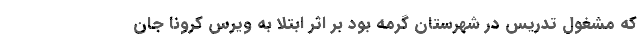
که مشغول تدریس در شهرستان گرمه بود بر اثر ابتلا به ویرس کرونا جان